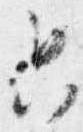
只